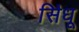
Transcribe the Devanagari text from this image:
सि॓धू